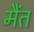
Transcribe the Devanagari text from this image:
मैंत